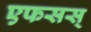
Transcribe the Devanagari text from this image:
एफसस्